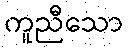
ကူညီသော